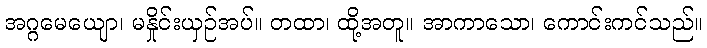
အဂ္ဂမေယျော၊ မနှိုင်းယှဉ်အပ်။ တထာ၊ ထို့အတူ။ အာကာသော၊ ကောင်းကင်သည်။